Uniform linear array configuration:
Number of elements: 12
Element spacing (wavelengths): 0.25
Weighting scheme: cosine
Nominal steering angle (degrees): -45
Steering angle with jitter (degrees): -44.219
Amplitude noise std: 0.05
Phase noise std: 0.05

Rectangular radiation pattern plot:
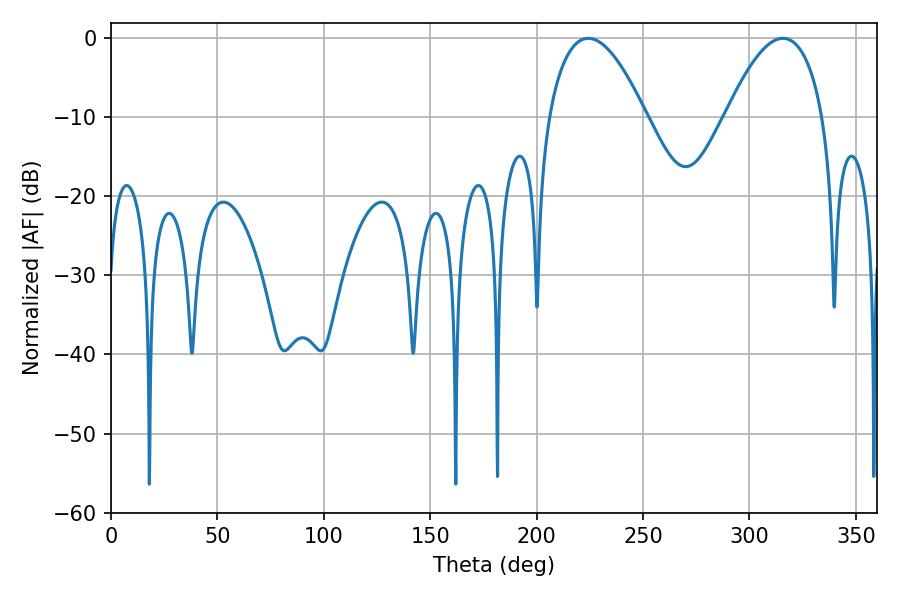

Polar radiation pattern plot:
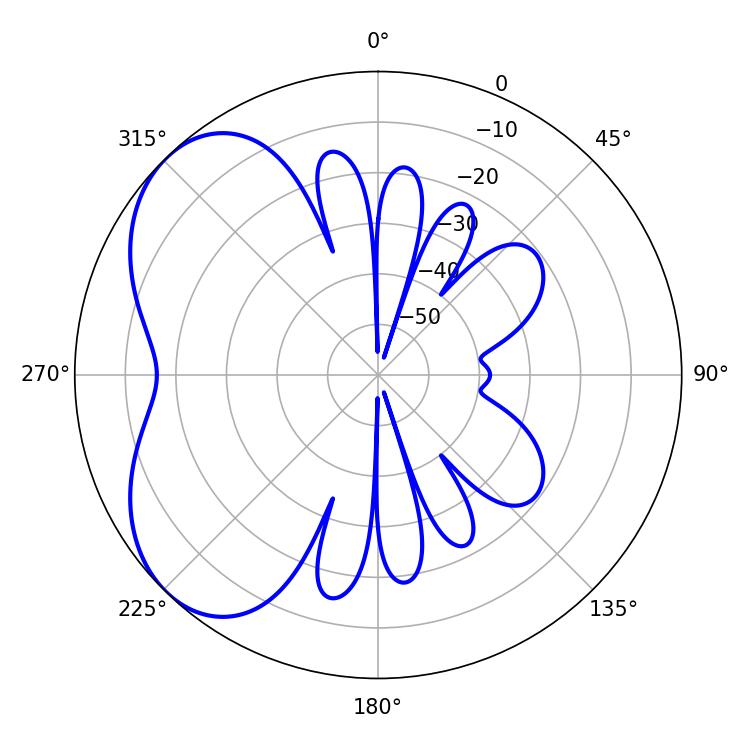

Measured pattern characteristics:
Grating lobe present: FALSE
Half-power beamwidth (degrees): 25.2
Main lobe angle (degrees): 224.28